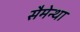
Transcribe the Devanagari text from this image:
सैमेन्था